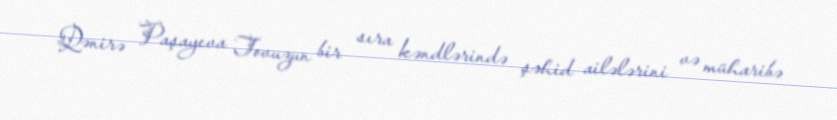
Qənirə Paşayeva Tovuzun bir sıra kəndlərində şəhid ailələrini və müharibə